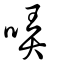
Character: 哢